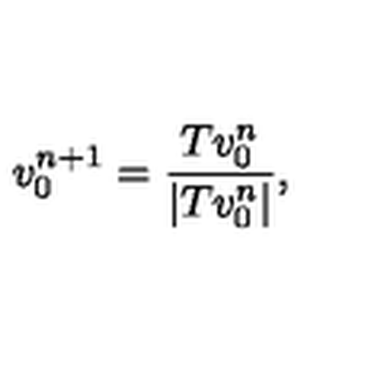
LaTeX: v _ { 0 } ^ { n + 1 } = \frac { T v _ { 0 } ^ { n } } { | T v _ { 0 } ^ { n } | } ,